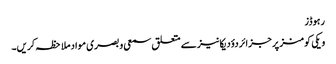
رہوڈز
ویکی کومنز پر جزائر دؤدیکانیز سے متعلق سمعی و بصری مواد ملاحظہ کریں۔